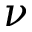
\nu